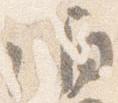
誦